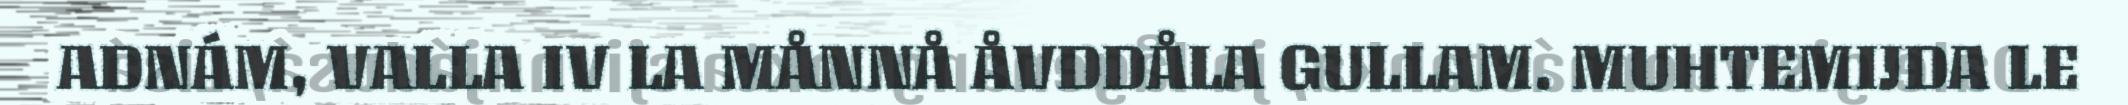
ADNÁM, VALLA IV LA MÅNNÅ ÅVDDÅLA GULLAM. MUHTEMIJDA LE